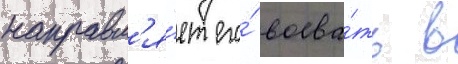
направл'я́ет его́ воева́ть в